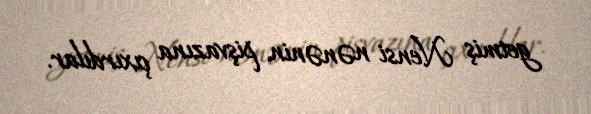
getmiş Nensi nənənin pişvazına çıxırdılar.